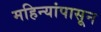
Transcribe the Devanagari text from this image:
महिन्यांपासून